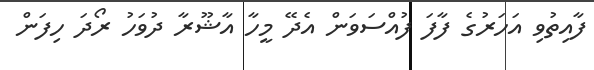
ފާއިތުވި އަހަރުގެ ފާފަ ފުއްސަވަން އެދޭ މީހާ އާޝޫރާ ދުވަހު ރޯދަ ހިފަން